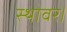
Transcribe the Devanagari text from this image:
स्थावर।